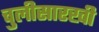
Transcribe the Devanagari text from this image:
चुलीसारखी